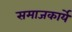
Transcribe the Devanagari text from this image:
समाजकार्ये